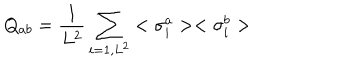
Q _ { a b } = { \frac { 1 } { L ^ { 2 } } } \sum _ { i = 1 , L ^ { 2 } } < \sigma _ { i } ^ { a } > < \sigma _ { i } ^ { b } >